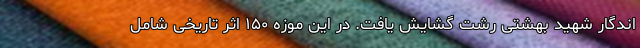
اندگار شهید بهشتی رشت گشایش یافت. در این موزه ۱۵۰ اثر تاریخی شامل